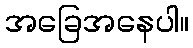
အခြေအနေပါ။